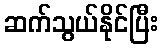
ဆက်သွယ်နိုင်ပြီး